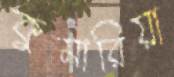
কুমারিয়া